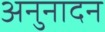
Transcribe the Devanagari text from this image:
अनुनादन